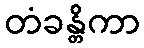
တံခန္တိကာ